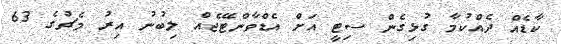
ކާޑެއް ދެއްކުމާ ގުޅިގެން ސިޓީ އަށް އެޑްވާންޓޭޖެއް ލިބުނު އިރު މެޗުގެ 63